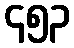
၄၅၃